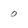
Character: 0